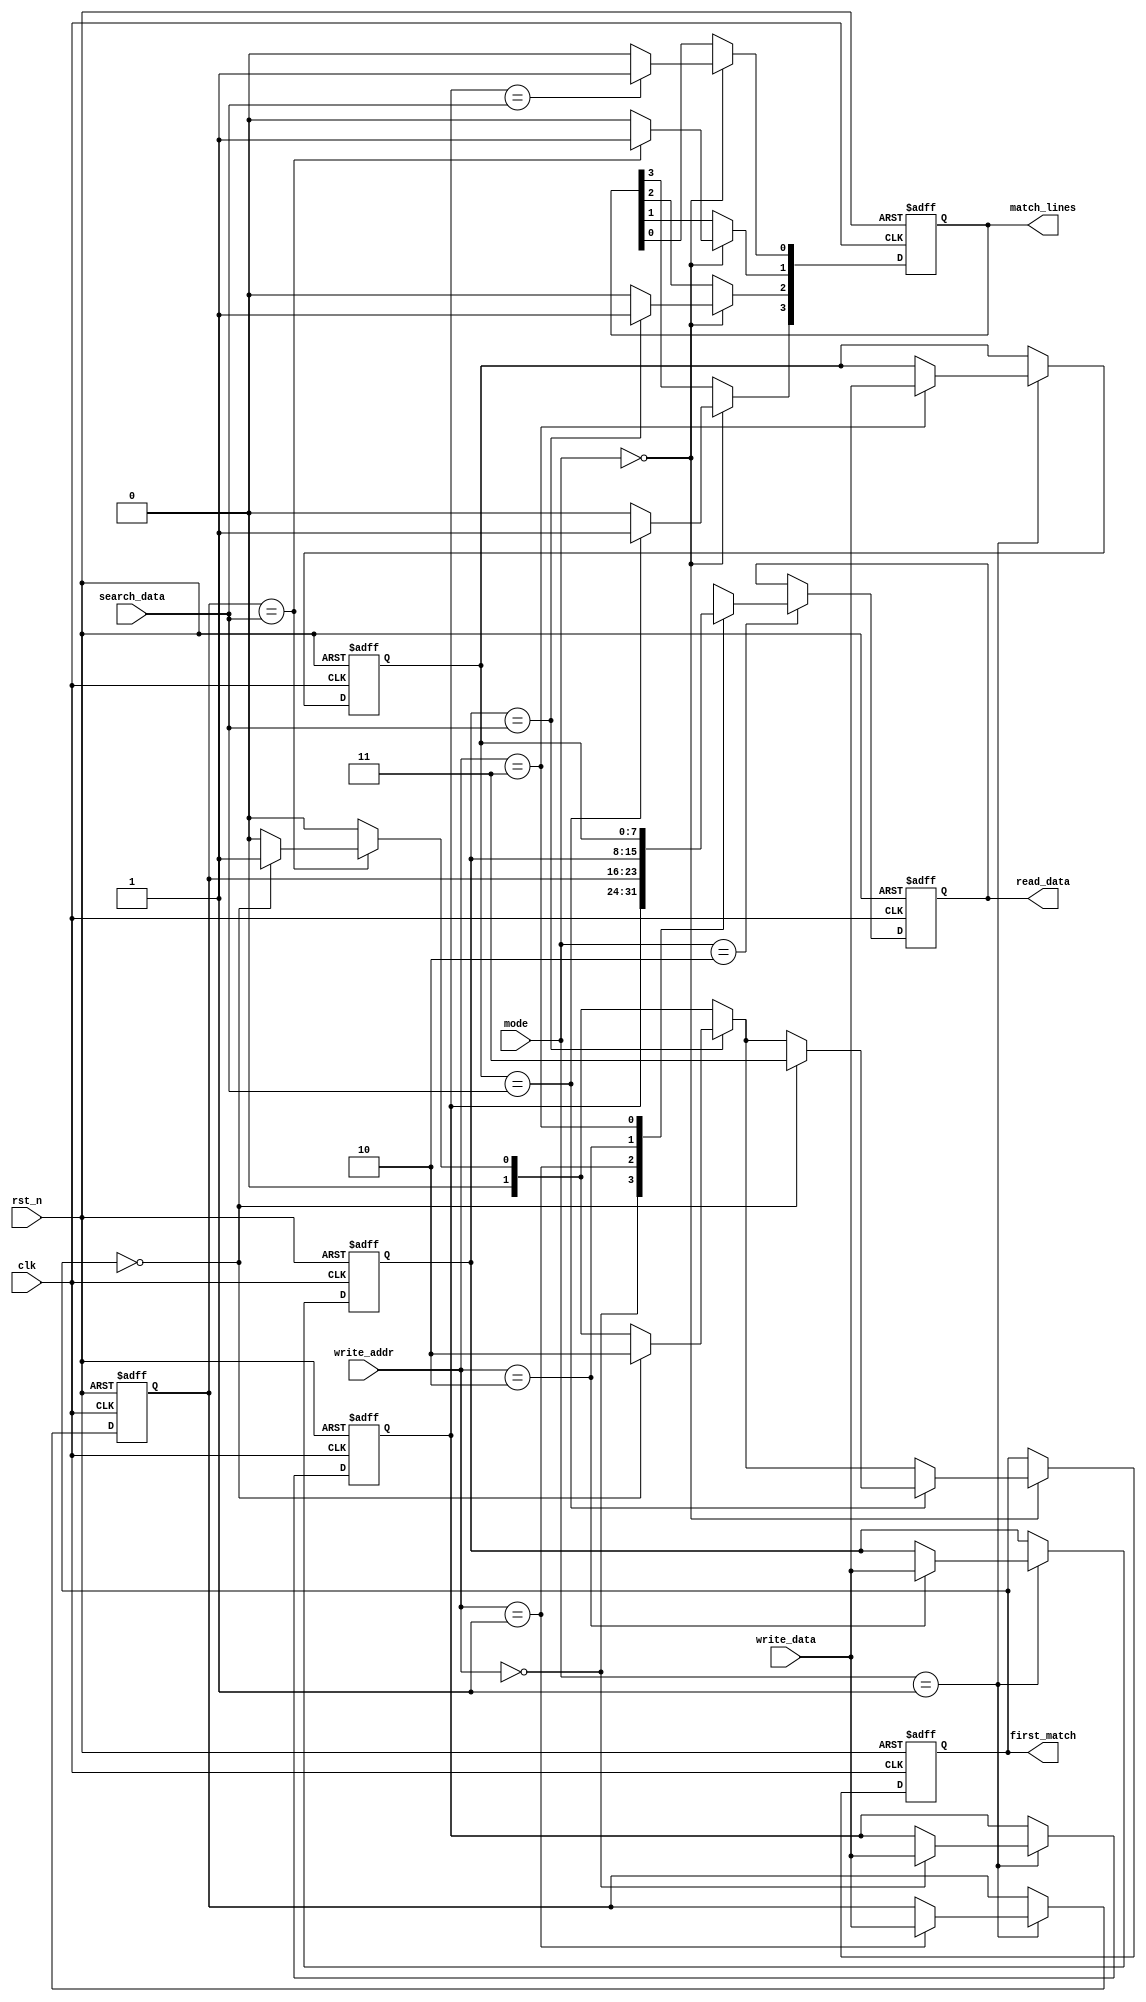
module CAM #(
    parameter DATA_WIDTH = 8,   // Width of each data entry
    parameter CAM_DEPTH = 4      // Number of entries in the CAM
)(
    input wire clk,
    input wire rst_n,
    input wire [DATA_WIDTH-1:0] search_data, // Data to search for
    input wire [DATA_WIDTH-1:0] write_data,  // Data to write
    input wire [1:0] mode, // 00: Search, 01: Write, 10: Read
    input wire [1:0] write_addr, // Address to write to
    output reg [CAM_DEPTH-1:0] match_lines, // Match lines for each row
    output reg [DATA_WIDTH-1:0] read_data, // Data read from the CAM
    output reg [1:0] first_match // Index of the first match
);

    // Memory array to hold the CAM entries
    reg [DATA_WIDTH-1:0] cam_array [0:CAM_DEPTH-1];

    integer i;

    // Sequential logic for writing data and resetting
    always @(posedge clk or negedge rst_n) begin
        if (!rst_n) begin
            // Reset CAM entries to zero
            for (i = 0; i < CAM_DEPTH; i = i + 1) begin
                cam_array[i] <= {DATA_WIDTH{1'b0}};
            end
            match_lines <= {CAM_DEPTH{1'b0}};
            read_data <= {DATA_WIDTH{1'b0}};
            first_match <= 2'b00;
        end else begin
            case(mode)
                2'b00: begin // Search Mode
                    match_lines <= {CAM_DEPTH{1'b0}}; // Reset match lines
                    first_match <= 2'b00; // Reset first match index
                    for (i = 0; i < CAM_DEPTH; i = i + 1) begin
                        if (cam_array[i] == search_data) begin
                            match_lines[i] <= 1'b1; // Set match line for matching row
                            if (first_match == 2'b00) begin
                                first_match <= i[1:0]; // Set first match index
                            end
                        end
                    end
                end
                
                2'b01: begin // Write Mode
                    cam_array[write_addr] <= write_data; // Write data to specified address
                end
                
                2'b10: begin // Read Mode
                    read_data <= cam_array[write_addr]; // Read data from specified address
                end
                
                default: begin
                    // Do nothing
                end
            endcase
        end
    end

endmodule